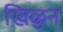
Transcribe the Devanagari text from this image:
खिळुन